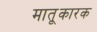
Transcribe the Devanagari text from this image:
मातृ्कारक